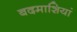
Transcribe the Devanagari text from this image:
बदमाशियां